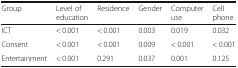
<table><thead><tr><td><b>Group</b></td><td><b>Level of education</b></td><td><b>Residence</b></td><td><b>Gender</b></td><td><b>Computer use</b></td><td><b>Cell phone</b></td></tr></thead><tbody><tr><td>ICT</td><td>&lt; 0.001</td><td>&lt; 0.001</td><td>0.003</td><td>0.019</td><td>0.032</td></tr><tr><td>Consent</td><td>&lt; 0.001</td><td>&lt; 0.001</td><td>0.009</td><td>&lt; 0.001</td><td>&lt; 0.001</td></tr><tr><td>Entertainment</td><td>&lt; 0.001</td><td>0.291</td><td>0.037</td><td>0.001</td><td>0.125</td></tr></tbody></table>